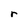
Character: r